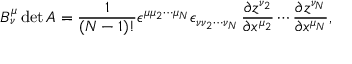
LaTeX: B _ { \nu } ^ { \mu } \operatorname * { d e t } A = { \frac { 1 } { ( N - 1 ) ! } } \epsilon ^ { \mu \mu _ { 2 } \cdots \mu _ { N } } \epsilon _ { \nu \nu _ { 2 } \cdots \nu _ { N } } \, { \frac { \partial z ^ { \nu _ { 2 } } } { \partial x ^ { \mu _ { 2 } } } } \cdots { \frac { \partial z ^ { \nu _ { N } } } { \partial x ^ { \mu _ { N } } } } ,